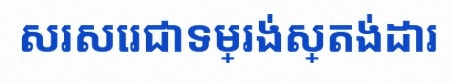
សរសេរជាទម្រង់ស្តង់ដារ